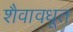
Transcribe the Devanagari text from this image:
शैवावधूत